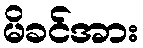
မိခင်အား